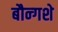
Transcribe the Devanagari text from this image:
बौन्गशे